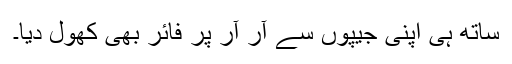
ساتھ ہی اپنی جیپوں سے آر آر پر فائر بھی کھول دیا۔